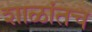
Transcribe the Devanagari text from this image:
शाळांतच